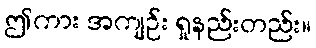
ဤကား အကျဉ်း ရှုနည်းတည်း။